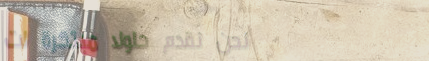
نحن نقدم حلولاً مبتكرة لت